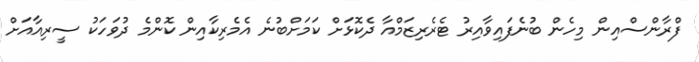
ފްރާންސްއިން މިހެން ބުނެފައިވާއިރު ޓެރެރިޒަމްއާ ދެކޮޅަށް ކަމަށްބުނެ އެމެރިކާއިން ކޮންމެ ދުވަހަކު ސީރިއާއަށް